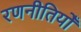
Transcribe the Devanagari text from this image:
रणनीतियोँ